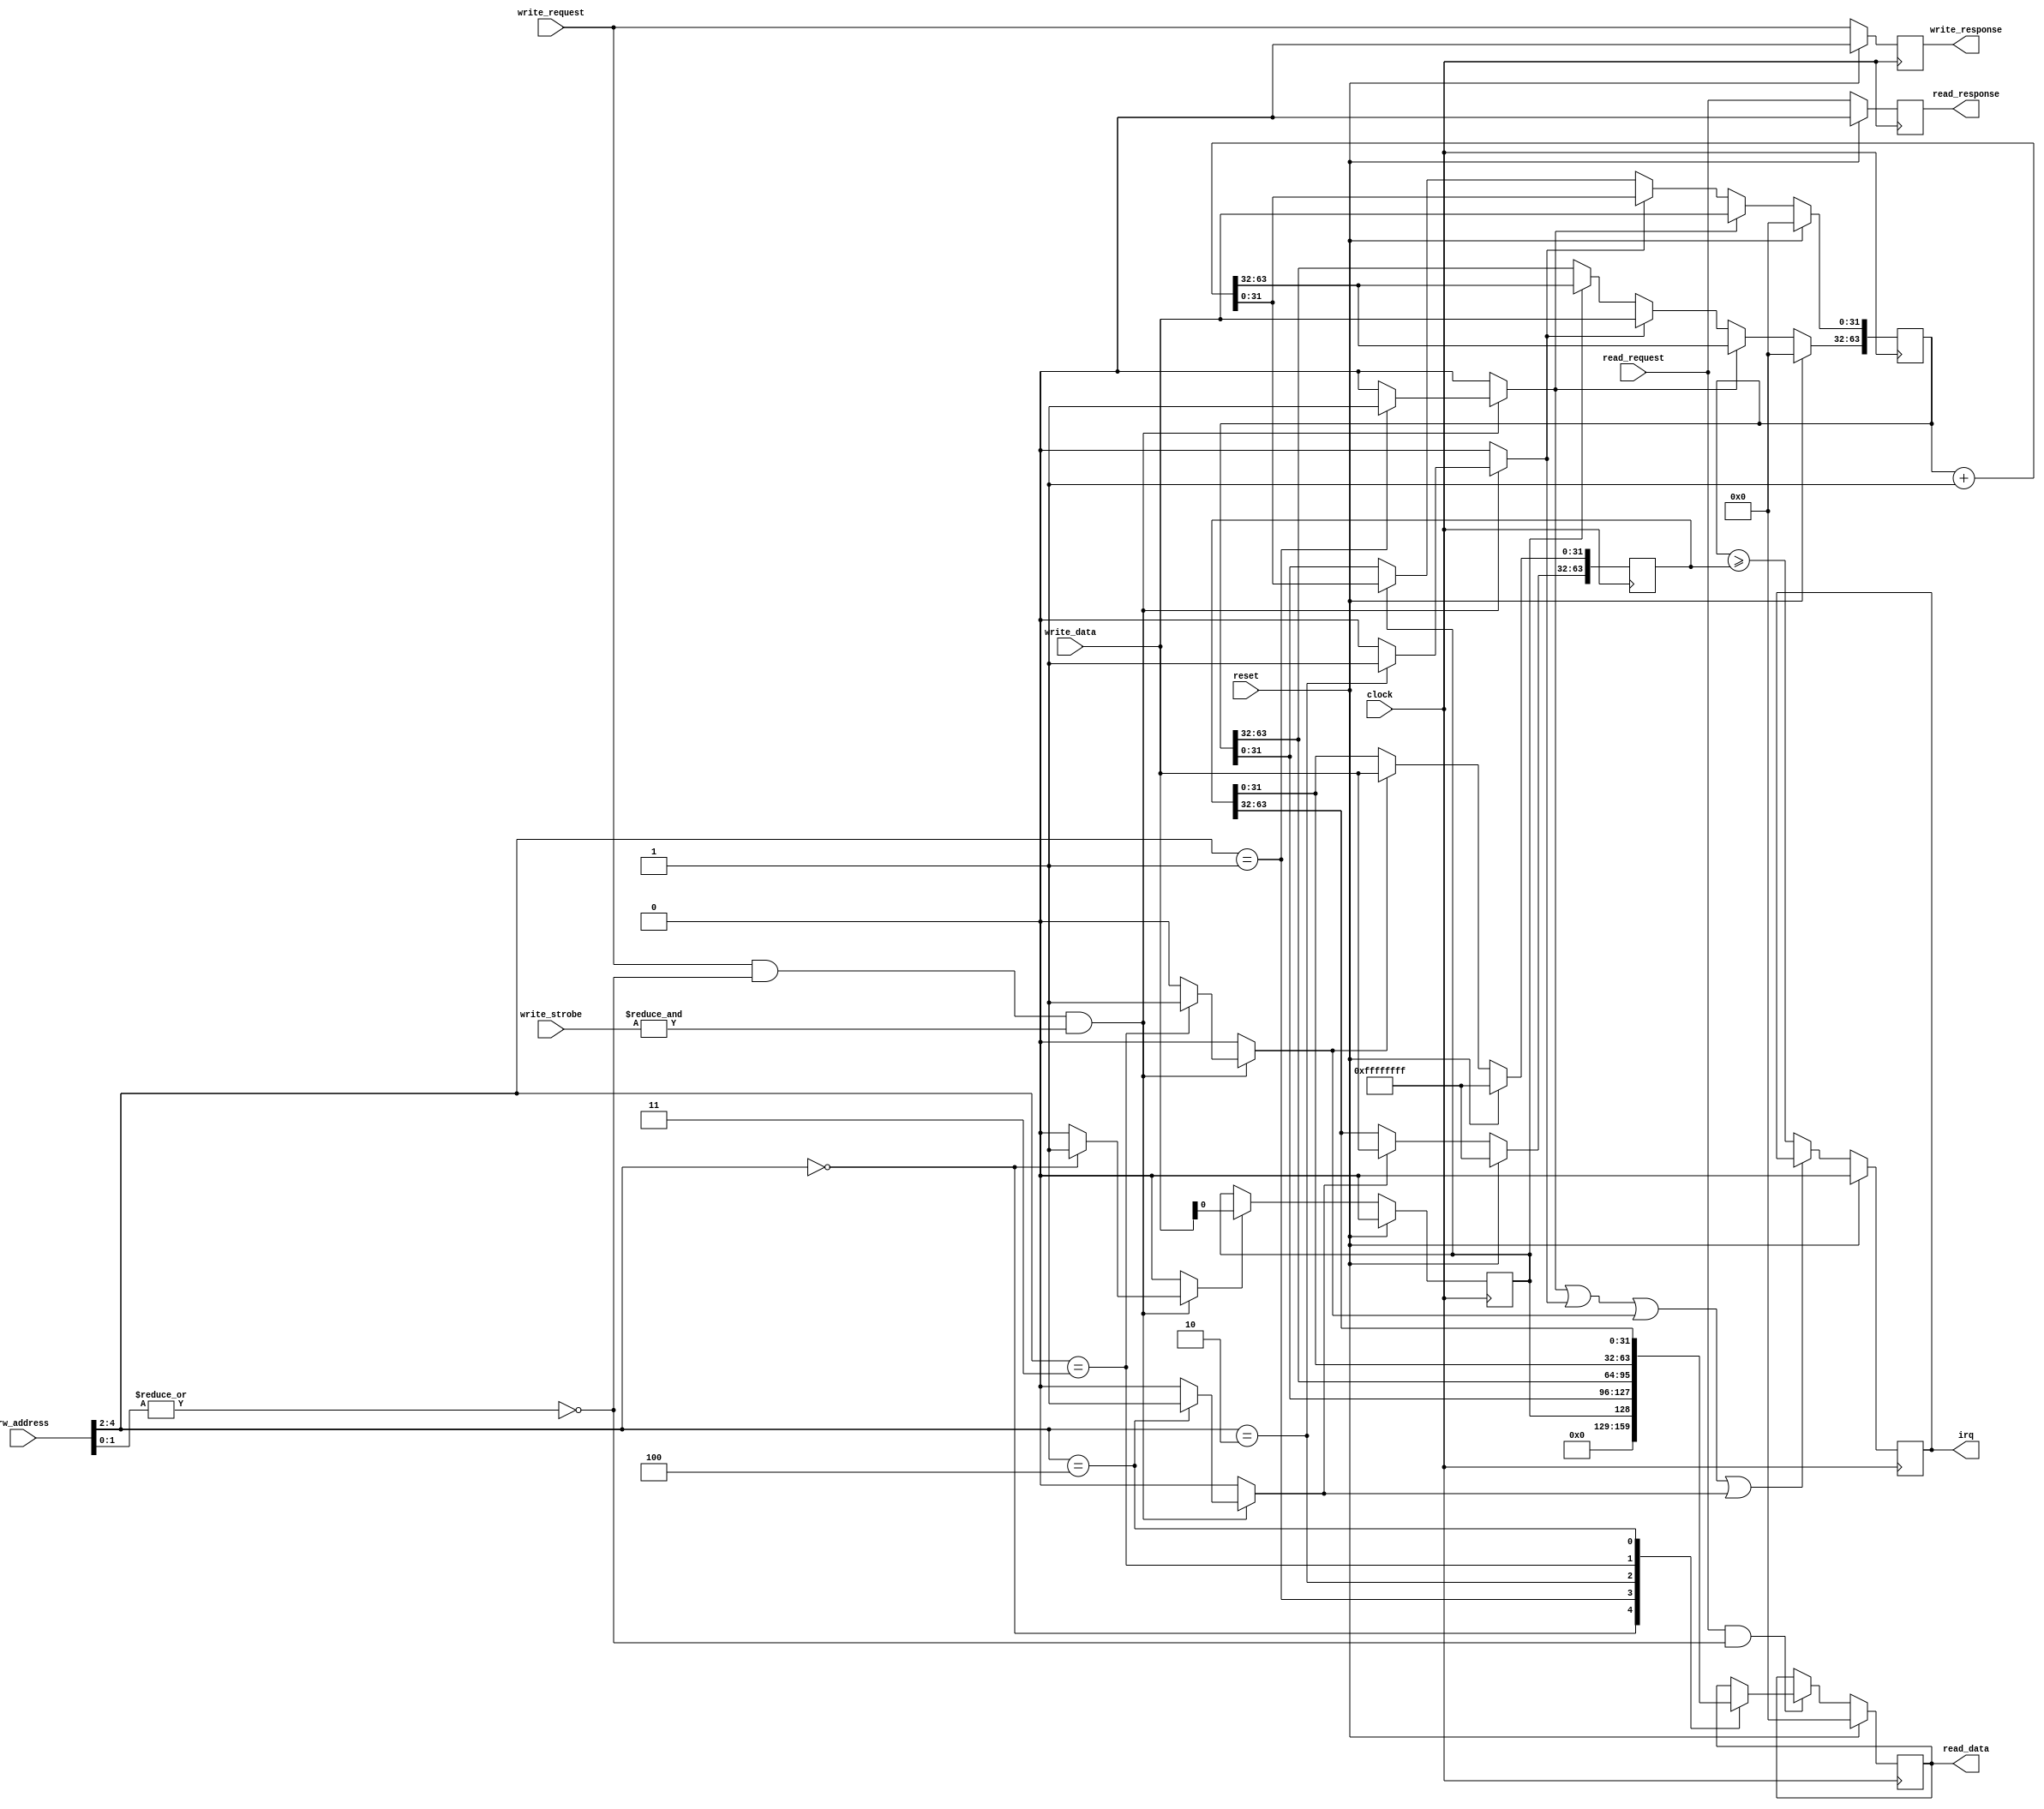
// ----------------------------------------------------------------------------
// Copyright (c) 2020-2024 RISC-V Steel contributors
//
// This work is licensed under the MIT License, see LICENSE file for details.
// SPDX-License-Identifier: MIT
// ----------------------------------------------------------------------------

module rvsteel_mtimer (

  // Global signals

  input   wire          clock         ,
  input   wire          reset         ,

  // IO interface

  input   wire  [4:0 ]  rw_address    ,
  output  reg   [31:0]  read_data     ,
  input   wire          read_request  ,
  output  reg           read_response ,
  input   wire  [31:0]  write_data    ,
  input   wire  [3:0 ]  write_strobe  ,
  input   wire          write_request ,
  output  reg           write_response,

  // TODO: use it later
  // output  reg        access_fault  ,

  // Side timer irq
  // Interrupt signaling

  output  reg           irq

);

  localparam REG_ADDR_WIDTH   = 2'd3;

  // Map registers
  localparam REG_CR           = 3'd0;
  localparam REG_MTIMEL       = 3'd1;
  localparam REG_MTIMEH       = 3'd2;
  localparam REG_MTIMECMPL    = 3'd3;
  localparam REG_MTIMECMPH    = 3'd4;

  // Map bits
  // CR
  localparam BIT_CR_EN        = 5'd0;
  localparam BIT_CR_WIDTH     = 5'd1;
  localparam CR_PADDING       = {6'd32-BIT_CR_WIDTH{1'd0}};

  // Control register
  reg cr_update;
  reg cr_en;

  // mtime
  reg mtime_l_update;
  reg mtime_h_update;
  reg [63:0] mtime;

  // mtimecmp
  reg mtimecmp_l_update;
  reg mtimecmp_h_update;
  reg [63:0] mtimecmp;


  // Bus
  wire address_aligned;
  assign address_aligned = (~|rw_address[1:0]);

  wire write_word;
  assign write_word = (&write_strobe);

  wire [REG_ADDR_WIDTH-1:0] address;
  assign address = rw_address[2 +:REG_ADDR_WIDTH];

  // Control register
  always @(posedge clock) begin
    if (reset) begin
      cr_en <= 1'b0;
    end else begin
      if (cr_update) begin
        cr_en <= write_data[BIT_CR_EN];
      end
    end
  end


  // mtime
  wire [63:0] mtime_plus_1 = mtime + 1'd1;
  always @(posedge clock) begin
    if (reset) begin
      mtime <= {64{1'b0}};
    end else begin
      if (mtime_l_update) begin
        mtime[31:0] <= write_data;
        mtime[63:32] <= mtime_plus_1[63:32];
      end else if (mtime_h_update) begin
        mtime[31:0] <= mtime_plus_1[31:0];
        mtime[63:32] <= write_data;
      end else if (cr_en) begin
        mtime <= mtime_plus_1;
      end
    end
  end


  // mtimecmp
  always @(posedge clock) begin
    if (reset) begin
      mtimecmp <= 64'hffff_ffff_ffff_ffff; // Initially, mtimecmp holds the biggest value so mtime is sure to be smaller than mtimecmp
    end else begin
      if (mtimecmp_l_update) begin
        mtimecmp[31:0] <= write_data;
      end

      if (mtimecmp_h_update) begin
        mtimecmp[63:32] <= write_data;
      end
    end
  end


  // IRQ
  always @(posedge clock) begin
    if (reset) begin
      irq <= 1'b0;
    end else begin
      // Don't update while there is an update
      if (~(mtime_l_update | mtime_h_update | mtimecmp_l_update | mtimecmp_h_update)) begin
        // A machine timer interrupt becomes pending whenever mtime contains a
        // value greater than or equal to mtimecmp
        irq <= (mtime >= mtimecmp);
      end
    end
  end


  // Bus: Response to request
  always @(posedge clock) begin
    if (reset) begin
      read_response <= 1'b0;
      write_response <= 1'b0;
      // access_fault <= 1'b0;
    end else begin
      read_response <= read_request;
      write_response <= write_request;
      // access_fault <= (read_request & !address_aligned) |
      //                 (write_request & !address_aligned) |
      //                 (write_request & !write_word);
    end
  end


  // Bus: Read registers
  always @(posedge clock) begin
    if (reset) begin
      read_data <= 32'd0;
    end else begin
      if (read_request && address_aligned) begin
        case (address)
          REG_CR        : read_data <= {CR_PADDING, cr_en};
          REG_MTIMEL    : read_data <= mtime[31:0];
          REG_MTIMEH    : read_data <= mtime[63:32];
          REG_MTIMECMPL : read_data <= mtimecmp[31:0];
          REG_MTIMECMPH : read_data <= mtimecmp[63:32];
          default: begin end
        endcase
      end
    end
  end


  // Bus: Update registers
  always @(*) begin
    cr_update         = 1'b0;
    mtime_l_update    = 1'b0;
    mtime_h_update    = 1'b0;
    mtimecmp_l_update = 1'b0;
    mtimecmp_h_update = 1'b0;

    if (write_request && address_aligned && write_word) begin
        case (address)
            REG_CR        : cr_update         = 1'b1;
            REG_MTIMEL    : mtime_l_update    = 1'b1;
            REG_MTIMEH    : mtime_h_update    = 1'b1;
            REG_MTIMECMPL : mtimecmp_l_update = 1'b1;
            REG_MTIMECMPH : mtimecmp_h_update = 1'b1;
            default: begin end
        endcase
    end
  end

endmodule